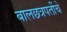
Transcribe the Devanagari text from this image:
बालछत्रपतींचे